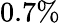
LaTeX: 0.7\%